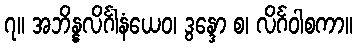
၇။ အဘိန္နလိင်္ဂါနံယေဝ၊ ဒွန္ဒော စ၊ လိင်္ဂဝါစကာ။